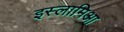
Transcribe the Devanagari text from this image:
इस्लामिआ